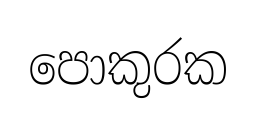
පොකුරක